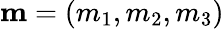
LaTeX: {\mathbf m}=(m_{1},m_{2},m_{3})